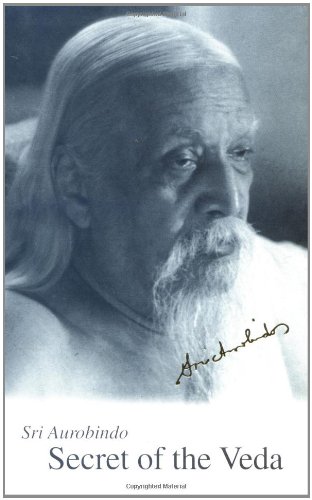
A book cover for Secret of the Veda, New U.S. Edition; Aurobindo Ghose; Religion & Spirituality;